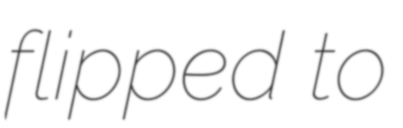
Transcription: flipped to